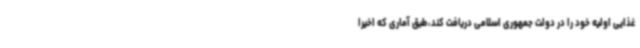
غذایی اولیه خود را در دولت جمهوری اسلامی دریافت کند،طبق آماری که اخیرا